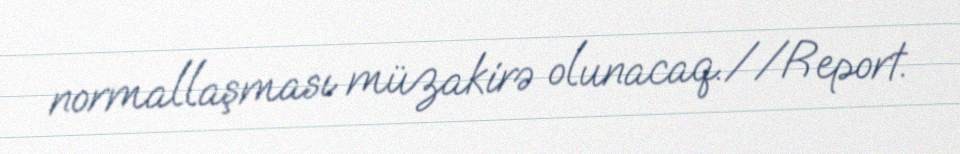
normallaşması müzakirə olunacaq.//Report.